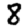
Digit: 8